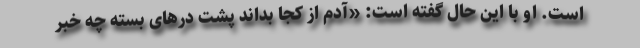
است. او با این حال گفته است: «آدم از کجا بداند پشت درهای بسته چه خبر